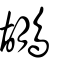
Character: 鶘